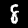
Label: 8